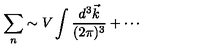
\sum _ { n } \sim V \int { \frac { d ^ { 3 } \vec { k } } { ( 2 \pi ) ^ { 3 } } } + \cdots